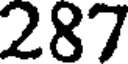
287